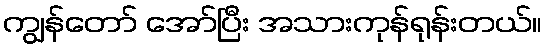
ကျွန်တော် အော်ပြီး အသားကုန်ရုန်းတယ်။